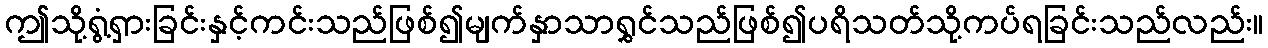
ဤသို့ရွံ့ရှားခြင်းနှင့်ကင်းသည်ဖြစ်၍မျက်နှာသာရွှင်သည်ဖြစ်၍ပရိသတ်သို့ကပ်ရခြင်းသည်လည်း။